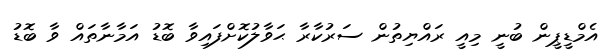
އެމްޑީޕީން ބުނީ މިއީ ރައްޔިތުން ސަރުކާރާ ޙަވާލުކޮށްފައިވާ ބޮޑު އަމާނާތައް ވާ ބޮޑު